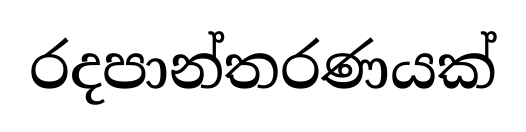
රදපාන්තරණයක්